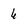
Character: 6